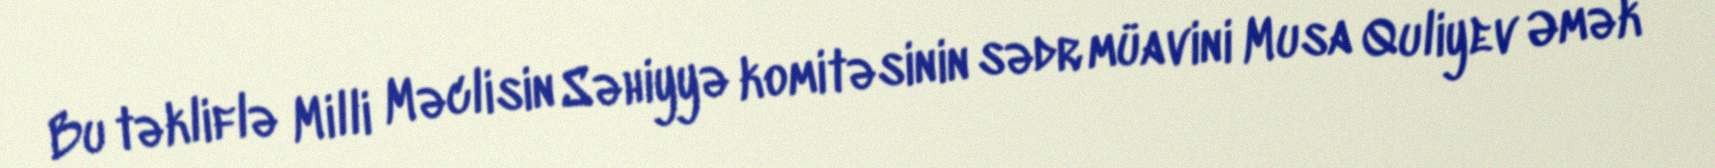
Bu təkliflə Milli Məclisin Səhiyyə komitəsinin sədr müavini Musa Quliyev Əmək